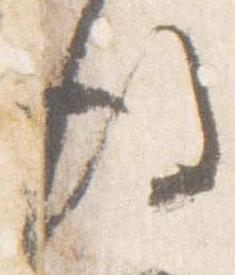
後